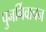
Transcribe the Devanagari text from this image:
पुनर्निवाचन